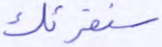
سنقرئك